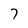
Character: 7